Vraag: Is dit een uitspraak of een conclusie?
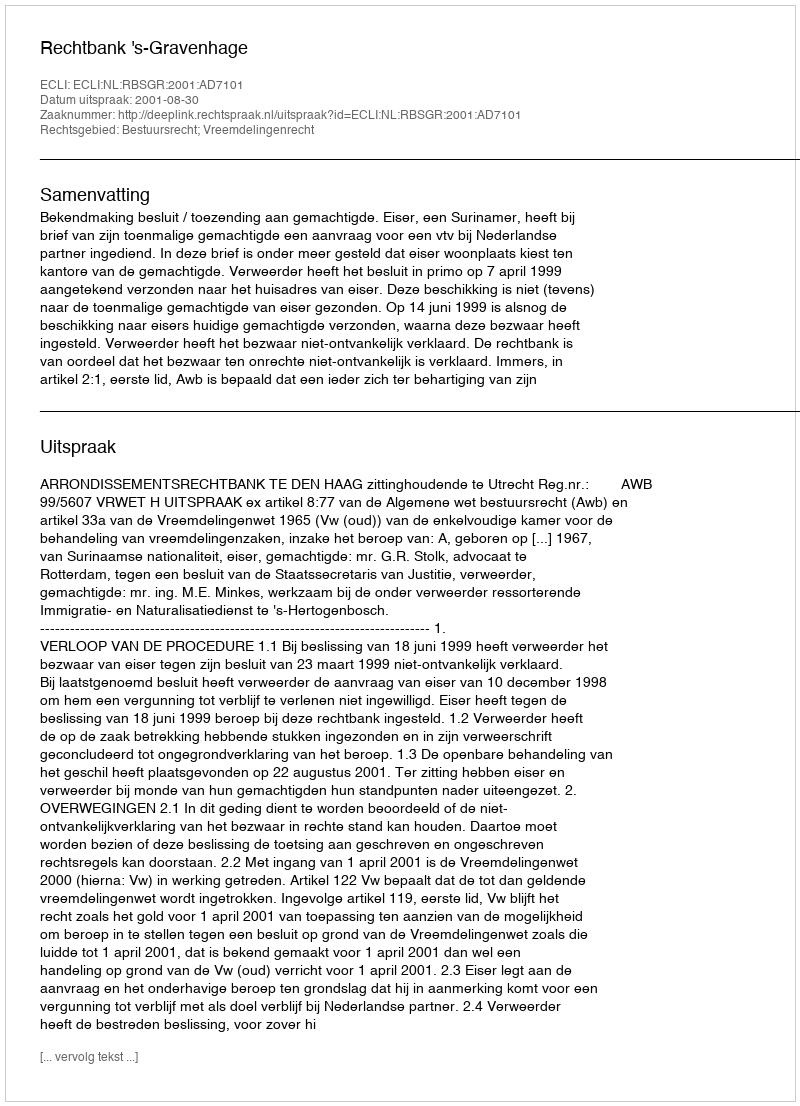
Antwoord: Uitspraak